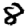
Digit: 8